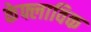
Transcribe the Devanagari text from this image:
केफ्लाविक